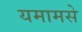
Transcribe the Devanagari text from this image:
यमामसे